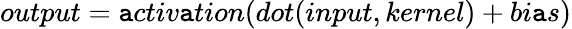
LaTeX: output=\mathtt{a}ctiv\mathtt{a}tion(dot(input,kernel)+bi\mathtt{a}s)